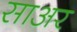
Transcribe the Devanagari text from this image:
साअर